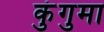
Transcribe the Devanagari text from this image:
कुंगुमा